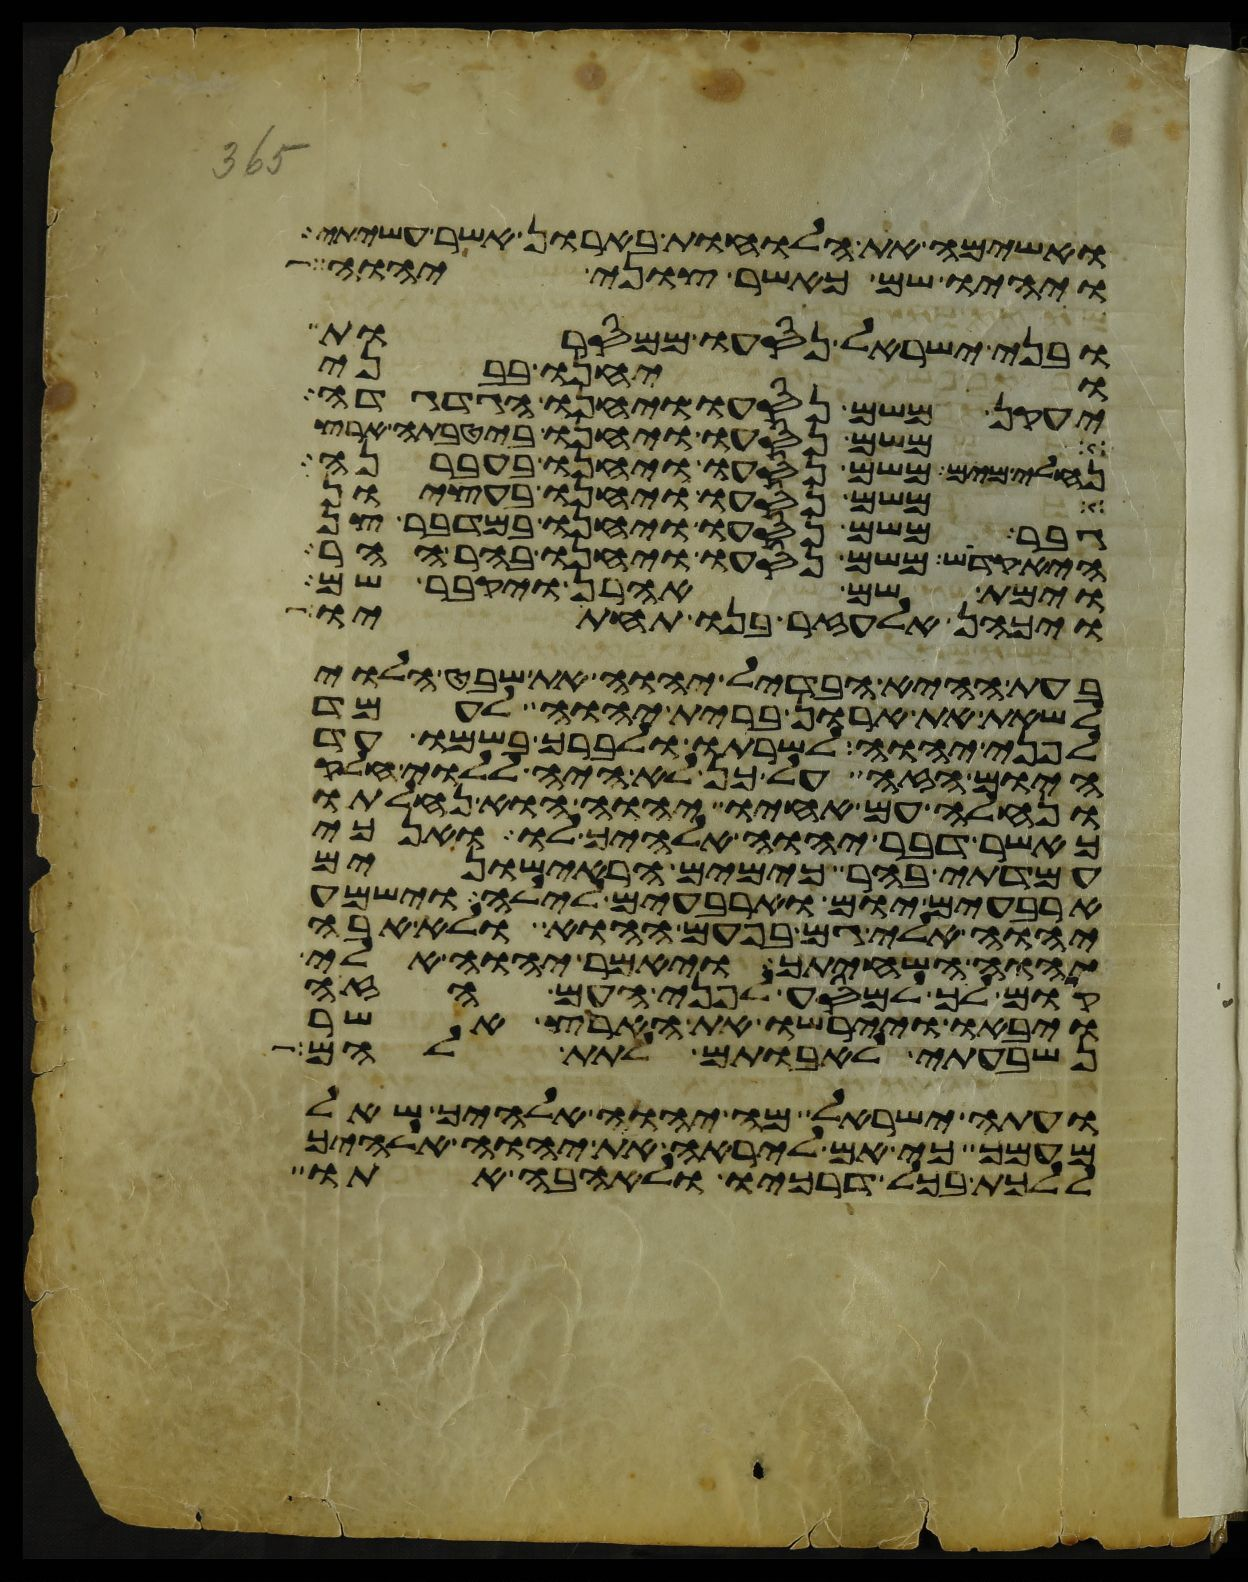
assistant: ואשימה את הלוחות בארון אשר עשיתי
ויהיו שם כאשר צוני יהוה
ובני ישראל נסעו ממסרות
ויחנו בבני
יעקן משם נסעו ויחנו הגדגדה
משם נסעו ויחנו ביטבתה ארץ
נחלי מים משם נסעו ויחנו בעברנה
משם נסעו ויחנו בעציון
גבר משם נסעו ויחנו במדבר צן
היא קדש משם נסעו ויחנו בהר ההר
וימת שם אהרן ויקבר שם
ויכהן אלעזר בנו תחתיו
בעת ההיא הבדיל יהוה את שבט הלוי
לשאת את ארון ברית יהוה לעמד
לפני יהוה לשרתו ולברך בשמו עד
היום הזה על כן לא היה ללוי חלק
ונחלה עם אחיו יהוה הוא נחלתו
כאשר דבר יהוה אלהיך לו ואנכי
עמדתי בהר כימים הראישונים
ארבעים יום וארבעים לילה וישמע
יהוה אלי גם בפעם ההוא ולא אבה
יהוה השחיתך ויאמר יהוה אלי
קום לך למסע לפני העם הזה
ויבאו ויירשו את הארץ אשר
נשבעתי לאבותם לתת להם
ועתה ישראל מה יהוה אלהיך שאל
מעמך כי אם ליראה את יהוה אלהיך
ללכת בכל דרכיו ולאהבה אתו